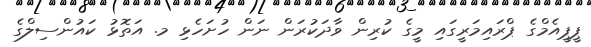
ޕީޕީއެމްގެ ޕްރައިމަރީގައި މީގެ ކުރިން ވާދަކުރަން ނަން ހުށަހެޅި މ. އަތޮޅު ކައުންސިލްގެ